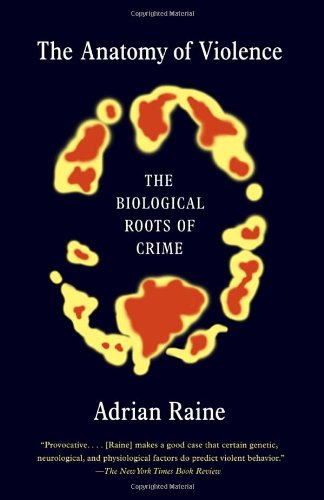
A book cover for The Anatomy of Violence: The Biological Roots of Crime; Adrian Raine; Medical Books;